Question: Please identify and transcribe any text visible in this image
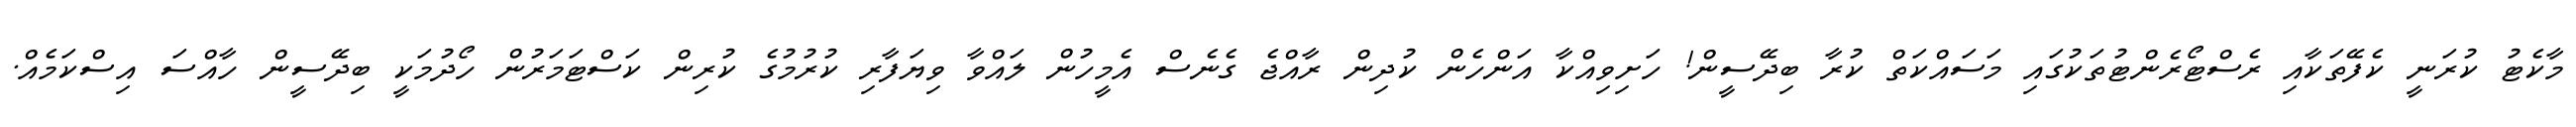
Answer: މާކެޓު ކުރަނީ ކެފޭތަކާއި ރެސްޓޯރެންޓުތަކުގައި މަސައްކަތް ކުރާ ބިދޭސީން! ހަށިވިއްކާ އަންހެން ކުދިން ރާއްޖެ ގެނެސް އެމީހުން ލައްވާ ވިޔަފާރި ކުރުމުގެ ކުރިން ކަސްޓަމަރުން ހޯދުމަކީ ބިދޭސީން ހާއްސަ އިސްކަމެއް.